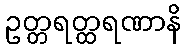
ဥတ္တရတ္ထရဏာနိ